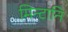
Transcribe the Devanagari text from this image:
मिन्टानि